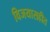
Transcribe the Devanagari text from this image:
विजयासहीत